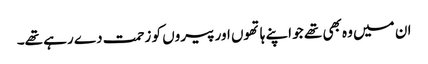
ان میں وہ بھی تھے جو اپنے ہاتھوں اور پیروں کو زحمت دے رہے تھے۔